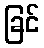
ခြင်